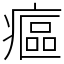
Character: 𤹪